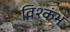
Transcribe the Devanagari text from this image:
विश्कंभ